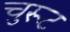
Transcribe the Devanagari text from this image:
चुरूट